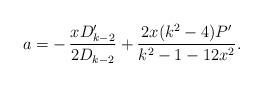
LaTeX: \begin{align*} a = - \, \frac{x D_{k-2}'}{2 D_{k-2}} + \frac{2x (k^2-4)P'}{k^2-1 -12x^2} .\end{align*}